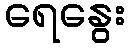
ရေနွေး